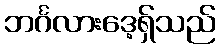
ဘင်္ဂလားဒေ့ရှ်သည်